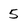
Character: 5